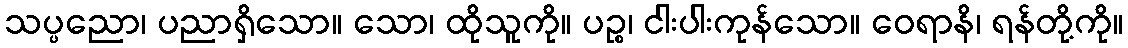
သပ္ပညော၊ ပညာရှိသော။ သော၊ ထိုသူကို။ ပဉ္စ၊ ငါးပါးကုန်သော။ ဝေရာနိ၊ ရန်တို့ကို။